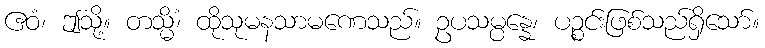
ဧဝံ၊ ဤသို့။ တသ္မိံ၊ ထိုသုမနသာမဏေသည်။ ဥပသမ္ပန္နေ၊ ပဉ္စင်းဖြစ်သည်ရှိသော်။